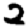
Digit: 2